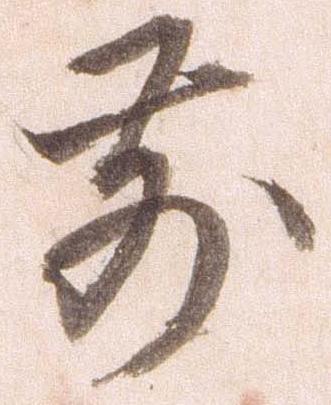
前